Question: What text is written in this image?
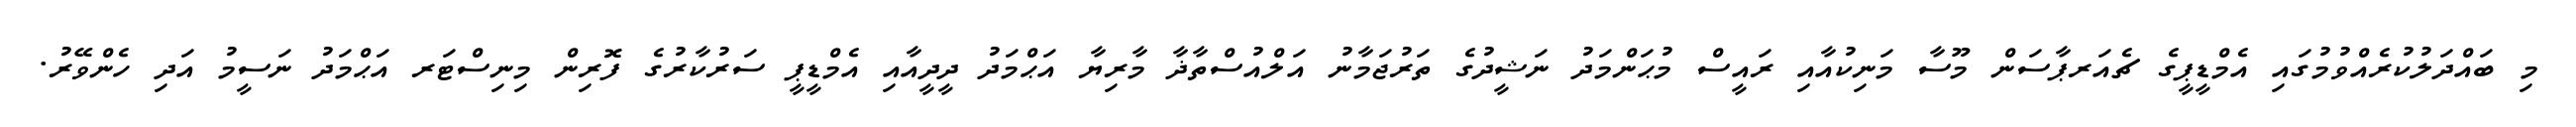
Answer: މި ބައްދަލުކުރެއްވުމުގައި އެމްޑީޕީގެ ޗެއަރޕާސަން މޫސާ މަނިކުއާއި ރައީސް މުޙަންމަދު ނަޝީދުގެ ތަރުޖަމާނު އަލްއުސްތާޛާ މާރިޔާ އަޙްމަދު ދީދީއާއި އެމްޑީޕީ ސަރުކާރުގެ ފޮރިން މިނިސްޓަރ އަޙްމަދު ނަސީމު އަދި ހެންވޭރު.